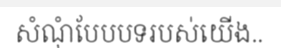
សំណុំបែបបទរបស់យើង..